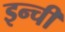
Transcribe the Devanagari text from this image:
इन्ची